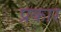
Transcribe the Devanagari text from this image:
प्रकार